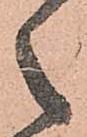
え